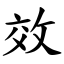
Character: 效